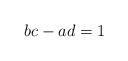
LaTeX: \begin{align*}bc-ad=1\end{align*}